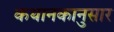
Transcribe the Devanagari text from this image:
कथानकानुसार